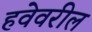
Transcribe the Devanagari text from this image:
हवेवरील